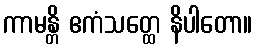
ကာမန္တိ ဧကံသတ္ထေ နိပါတော။